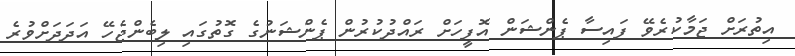
އިތުރަށް ޖަމާކުރެވޭ ފައިސާ ޕެންޝަން އޮފީހަށް ރައްދުކުރުން ޕެންޝަނުގެ ގޮތުގައި ލިބެންޖެހޭ އަދަދަށްވުރެ